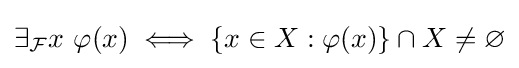
\exists _{\mathcal {F}}x\ \varphi (x)\iff \{x\in X:\varphi (x)\}\cap X\neq \varnothing